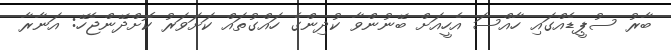
ބާރު ސުޕީޑެއްގައި ހާއްސަ އެހީއަށް ބޭނުންވާ ކުދިންގެ ހައްގުތައް ކަށަވަރު ކޮށްދޭންޖެހޭ: އަނާރާ